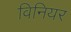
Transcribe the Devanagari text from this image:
विनियर